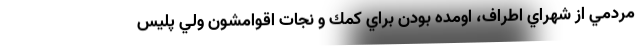
مردمي از شهراي اطراف، اومده بودن براي كمك و نجات اقوامشون ولي پليس